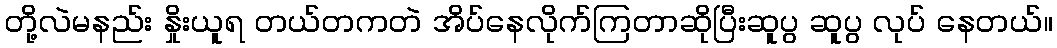
တို့လဲမနည်း နှိုးယူရ တယ်တကတဲ အိပ်နေလိုက်ကြတာဆိုပြီးဆူပွ ဆူပွ လုပ် နေတယ်။